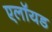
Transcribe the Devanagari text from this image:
एलॉयड